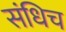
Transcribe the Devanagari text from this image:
संधिच